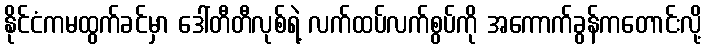
နိုင်ငံကမထွက်ခင်မှာ ဒေါ်တီတီလုစ်ရဲ့ လက်ထပ်လက်စွပ်ကို အကောက်ခွန်ကတောင်းလို့